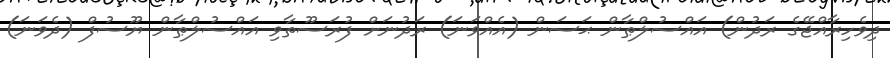
ދިވެހިރާއްޖޭގެ ރަދުން) އައްސުލްޠާން ޙަސަން (އެއްވަނަ) ރަދުނަށް ފުރަސޫތާވި އައްސުލްޠާން ޔޫސުފް (ދެވަނަ)